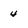
Character: 4